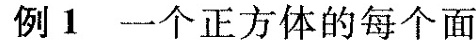
例1一个正方体的每个面